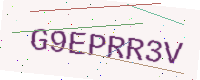
Text: G9EPRR3V